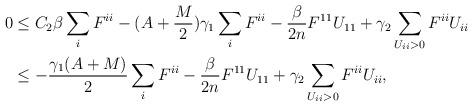
LaTeX: \begin{align*}\begin{aligned}0 &\leq C_2 \beta \sum_i F^{ii} - (A + \frac{M}{2}) \gamma_1 \sum_i F^{ii} - \frac{\beta}{2n} F^{11} U_{11} + \gamma_2 \sum_{U_{ii} > 0} F^{ii} U_{ii}\\&\leq - \frac{\gamma_1 (A + M)}{2} \sum_i F^{ii} - \frac{\beta}{2n} F^{11} U_{11} + \gamma_2 \sum_{U_{ii} > 0} F^{ii} U_{ii},\end{aligned}\end{align*}